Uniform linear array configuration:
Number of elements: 48
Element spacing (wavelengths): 0.75
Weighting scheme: binomial
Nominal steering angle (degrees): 15
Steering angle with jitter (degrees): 16.216
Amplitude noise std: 0.05
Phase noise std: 0.05

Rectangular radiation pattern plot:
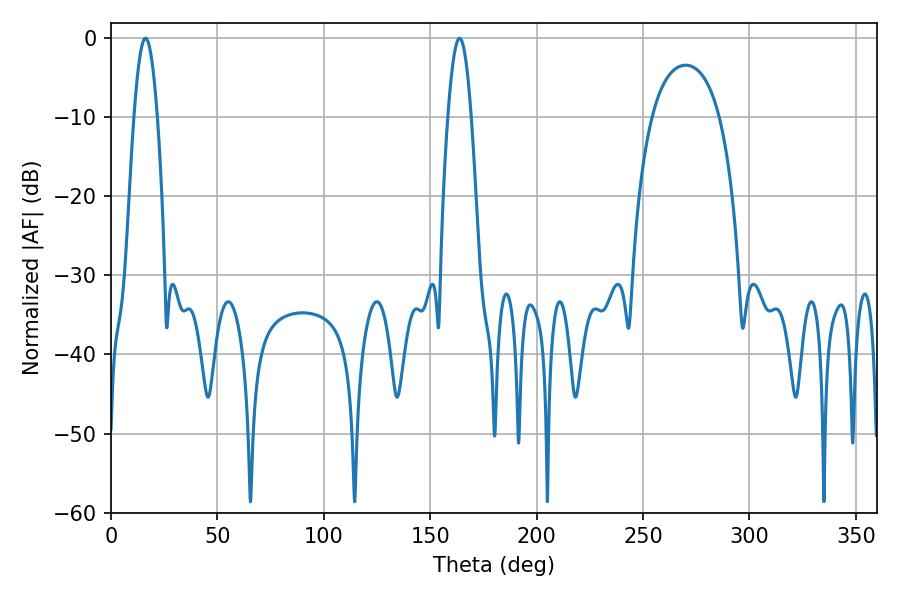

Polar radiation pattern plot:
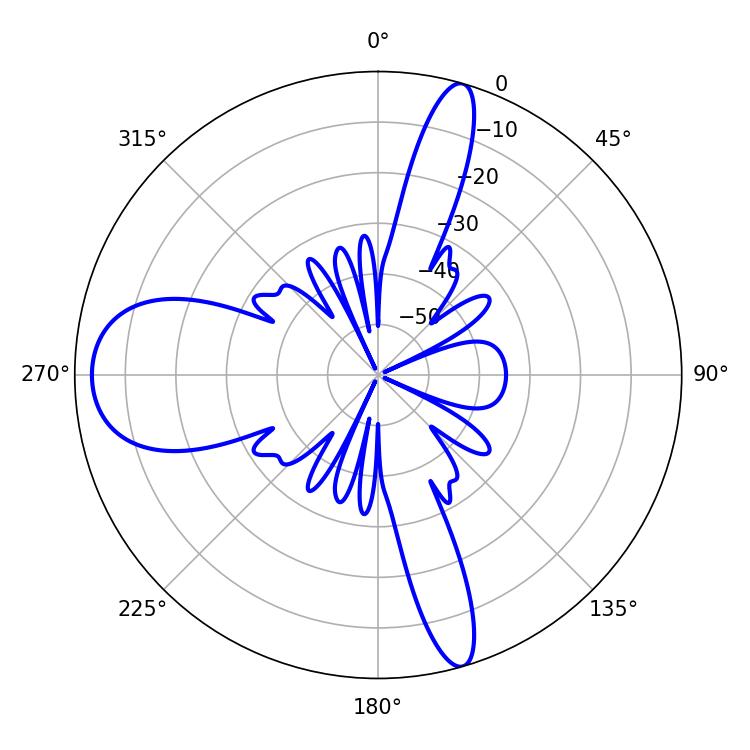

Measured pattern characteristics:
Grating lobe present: TRUE
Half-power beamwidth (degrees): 5.94
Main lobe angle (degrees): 16.2